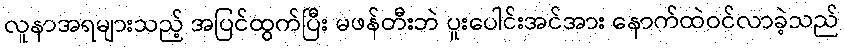
လူနာအရများသည့် အပြင်ထွက်ပြီး မဖန်တီးဘဲ ပူးပေါင်းအင်အား နောက်ထဲဝင်လာခဲ့သည်